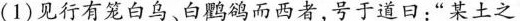
(1)见行有笼白鸟、白鹳鹆而西者，号于道日：”某土之